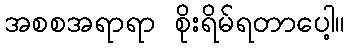
အစစအရာရာ စိုးရိမ်ရတာပေါ့။